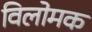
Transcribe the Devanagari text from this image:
विलोमक